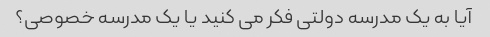
آیا به یک مدرسه دولتی فکر می کنید یا یک مدرسه خصوصی؟